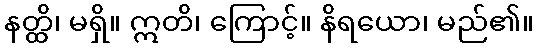
နတ္ထိ၊ မရှိ။ ဣတိ၊ ကြောင့်။ နိရယော၊ မည်၏။